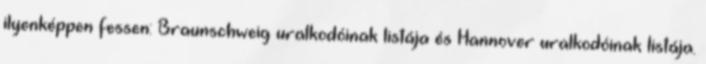
ilyenképpen fessen: Braunschweig uralkodóinak listája és Hannover uralkodóinak listája.